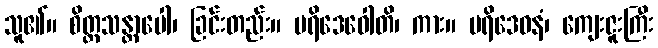
သူ၏။ စိတ္တသန္တာပေါ၊ ခြင်းတည်း။ ပရိဒေဝေါတိ၊ ကား။ ပရိဒေဝနံ၊ ကျေးဇူးကြီး